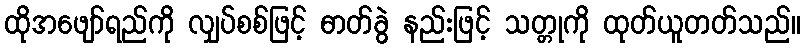
ထိုအဖျော်ရည်ကို လျှပ်စစ်ဖြင့် ဓာတ်ခွဲ နည်းဖြင့် သတ္တုကို ထုတ်ယူတတ်သည်။